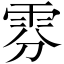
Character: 雰